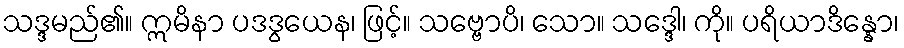
သဒ္ဒမည်၏။ ဣမိနာ ပဒဒွယေန၊ ဖြင့်။ သဗ္ဗောပိ၊ သော။ သဒ္ဒေါ၊ ကို။ ပရိယာဒိန္နော၊